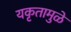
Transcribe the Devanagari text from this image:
यकृतामुळे